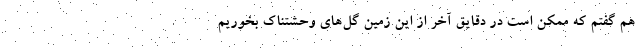
هم گفتم که ممکن است در دقایق آخر از این زمین گل‌های وحشتناک بخوریم